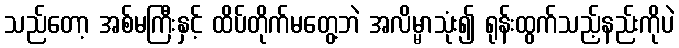
သည်တော့ အစ်မကြီးနှင့် ထိပ်တိုက်မတွေ့ဘဲ အလိမ္မာသုံး၍ ရုန်းထွက်သည့်နည်းကိုပဲ